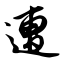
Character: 遭